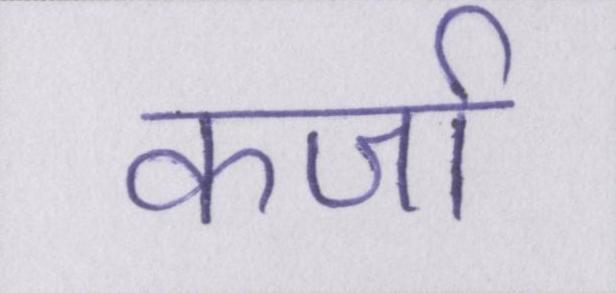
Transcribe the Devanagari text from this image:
कर्जा